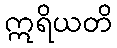
ဣရိယတိ